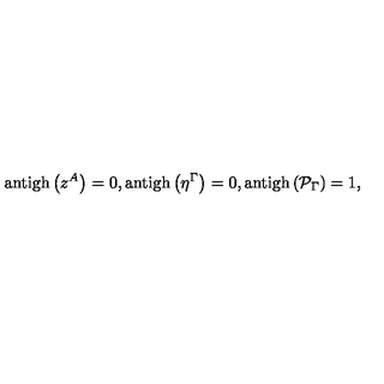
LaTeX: \mathrm { a n t i g h } \left( z ^ { A } \right) = 0 , \mathrm { a n t i g h } \left( \eta ^ { \Gamma } \right) = 0 , \mathrm { a n t i g h } \left( \mathcal { P } _ { \Gamma } \right) = 1 ,